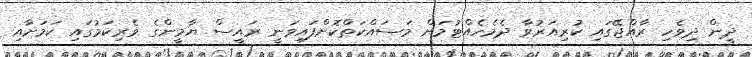
ދީން ދިވެހި ރާއްޖޭގައި ކުރިއަރުވާ ދެމެހެއްޓުމަށް މަސައްކަތްކޮށްފައިވަނީ ރައީސް ޔާމީންގެ ވެރިކަމުގައި ކަމަށާއި